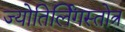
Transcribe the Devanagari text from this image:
ज्योतिर्लिंगस्तोत्र